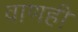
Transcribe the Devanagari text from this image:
वाणही